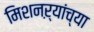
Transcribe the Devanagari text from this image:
मिशनऱ्यांच्या